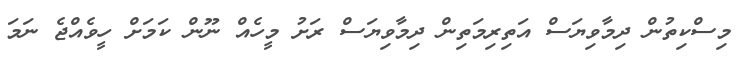
މިސްކިތުން ދިމާވިޔަސް އަތިރިމަތިން ދިމާވިޔަސް ރަށު މީހެއް ނޫން ކަމަށް ހީވެއްޖެ ނަމަ